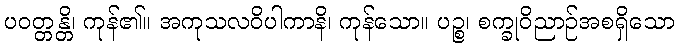
ပဝတ္တန္တိ၊ ကုန်၏။ အကုသလဝိပါကာနိ၊ ကုန်သော။ ပဉ္စ၊ စက္ခုဝိညာဉ်အစရှိသော